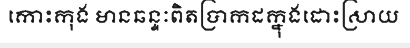
កោះកុង មានឆន្ទៈពិតប្រាកដក្នុងដោះស្រាយ